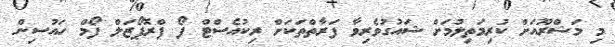
މި މަޝްރޫއަށް ކުރިމަތިލުމަށް ޝައުގުވެރިވާ ފަރާތްތަކަށް ރިކުއެސްޓް ފޯ ޕްރޮޕޯޒަލް ފޯމް ހައުސިން